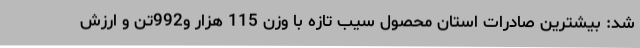
شد: بیشترین صادرات استان محصول سیب تازه با وزن 115 هزار و992تن و ارزش